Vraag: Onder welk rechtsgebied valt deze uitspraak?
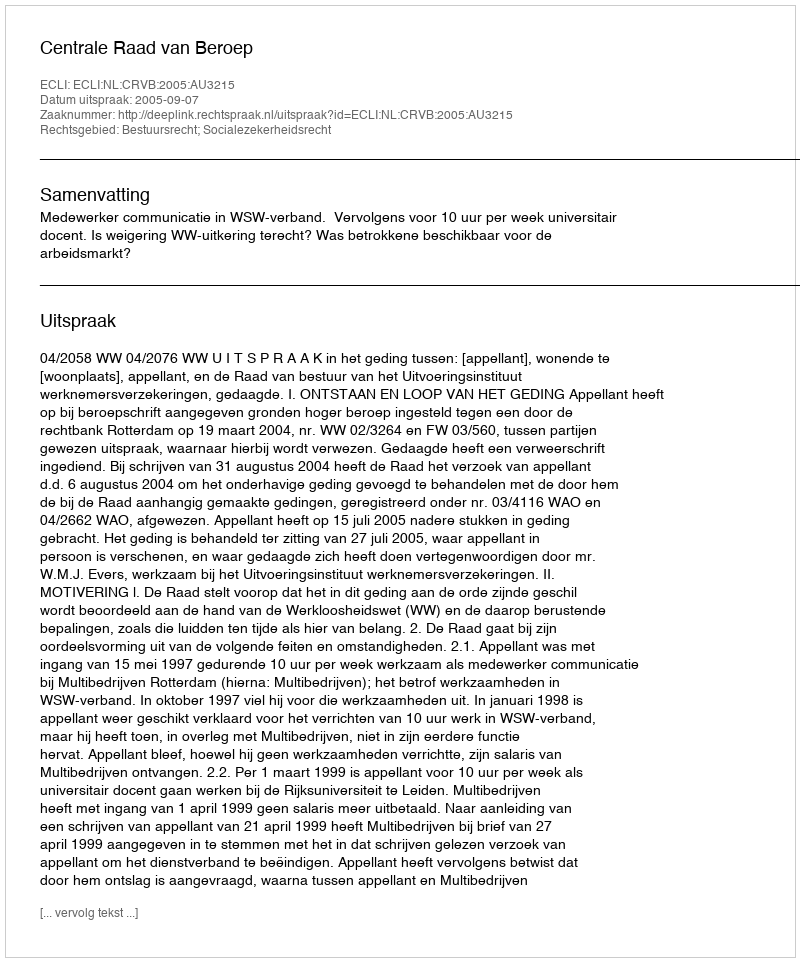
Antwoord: Bestuursrecht; Socialezekerheidsrecht